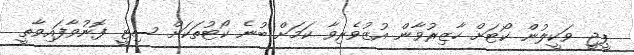
ޕީޖީ ވަކީލުން ކޯޓަށް ހާޒިރުވާން އުޒުވެރިވާ ކަމަށް ބުނެ ކޯޓުތަކަށް ސިޓީ ފޮނުވާފައިވާތީ